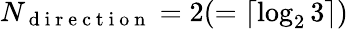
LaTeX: N_{\mathrm{~d~i~r~e~c~t~i~o~n~}}=2(=\lceil\log_{2}3\rceil)